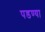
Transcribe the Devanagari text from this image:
पडण्या